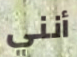
أنني